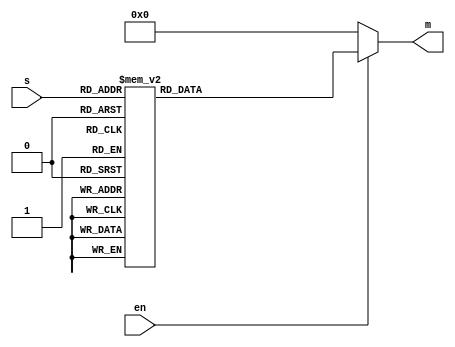
module decoder_3x8(m, s, en);
	input [2:0] s; // select
	input en; // enable (positive logic)
	output reg [7:0] m;
	
    always @(s or en) begin
        if(en) begin
            case(s)
                3'b000: m <= 8'b00000001;
                3'b001: m <= 8'b00000010;
                3'b010: m <= 8'b00000100;
                3'b011: m <= 8'b00001000;
                3'b100: m <= 8'b00010000;
                3'b101: m <= 8'b00100000;
                3'b110: m <= 8'b01000000;
                3'b111: m <= 8'b10000000;
                default: m <= 8'b0;
            endcase
        end
        else m <= 8'b0;
    end
endmodule